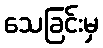
သေခြင်းမှ